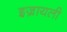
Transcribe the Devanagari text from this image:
इज्रायली